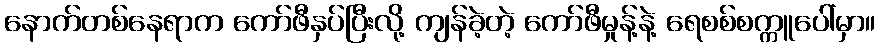
နောက်တစ်နေရာက ကော်ဖီနှပ်ပြီးလို့ ကျန်ခဲ့တဲ့ ကော်ဖီမှုန့်နဲ့ ရေစစ်စက္ကူပေါ်မှာ။